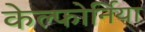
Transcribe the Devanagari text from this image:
केल्फोर्निया